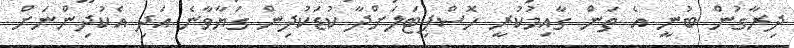
ދިރާގުން ބުނީ އެ ތަން ގާއިމުކުރީ ހޮސްޕިޓަލަށްދާ ކުޑަކުދިން ގަޔާވާނެ އަދި އެކުދިންނަށް